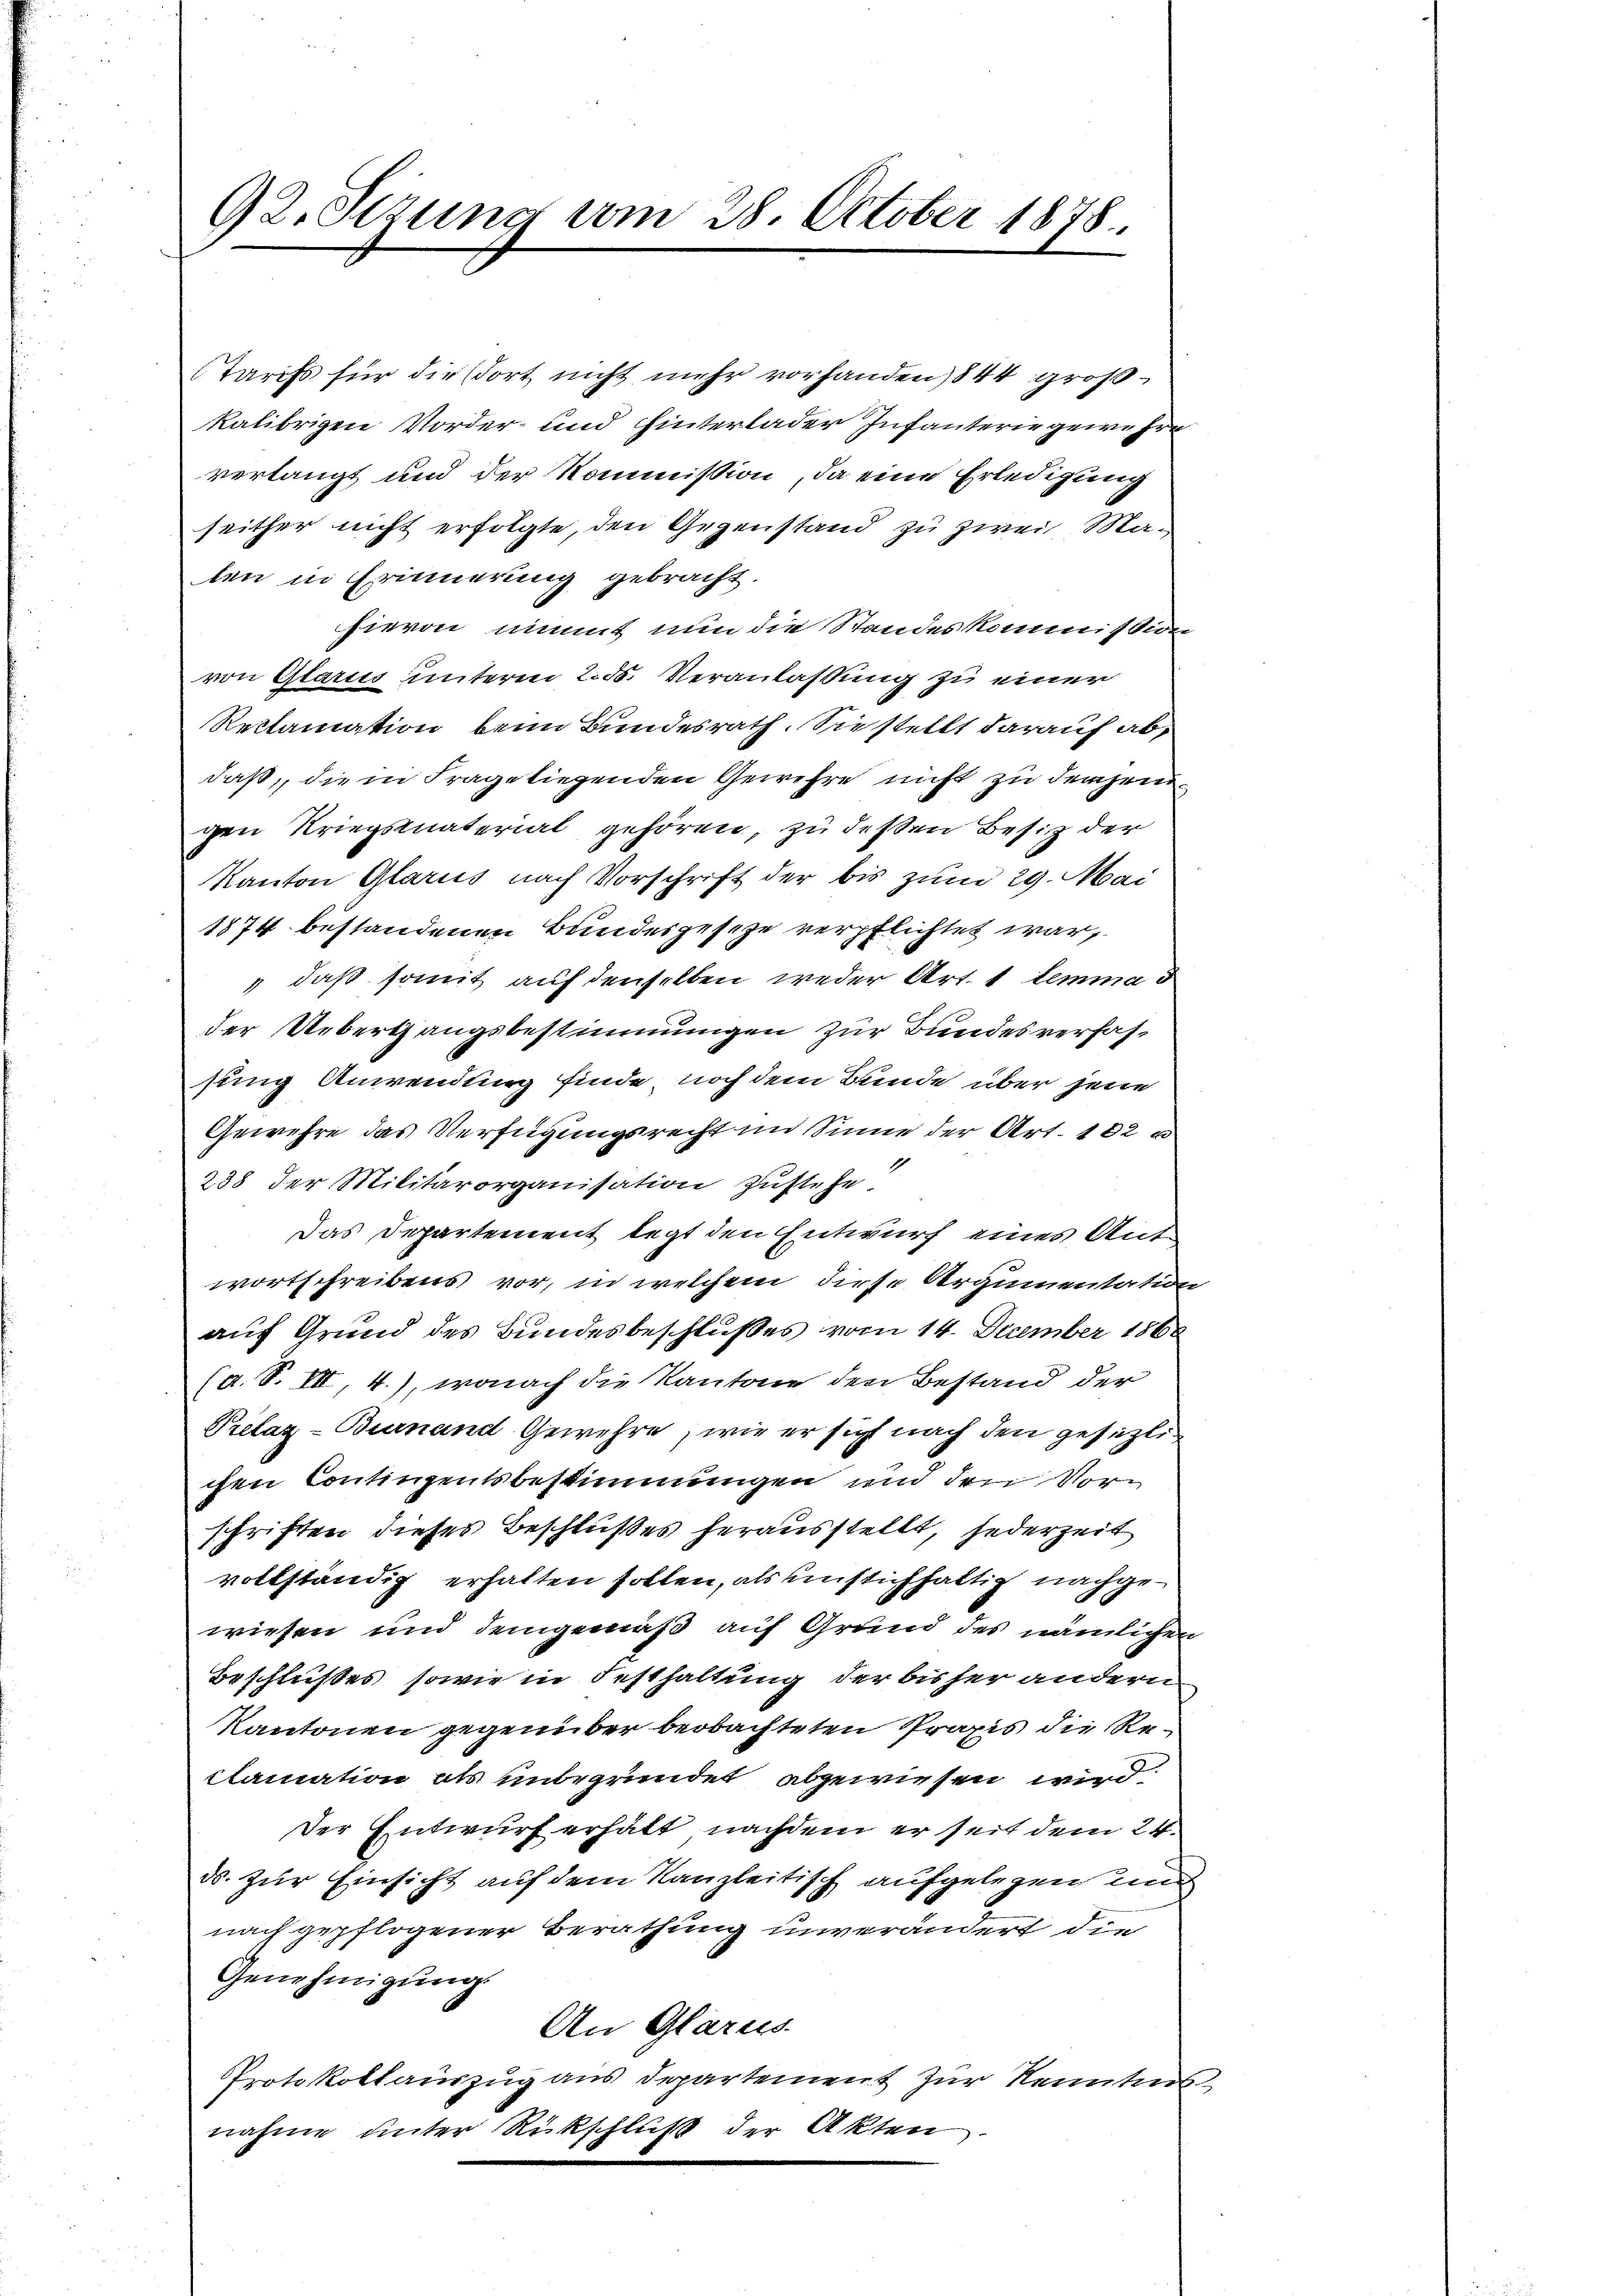
92. Stzung am 28. October 1878.

Tarifs für dießort nicht mehr vorhanden) 844 großkalibrigen Vorder- und hinterlader Infanterie gewesen
verlangt und der Kommission, da eine Erledigung
seither nicht erfolgte, den Gegenstand zu zwei Ma-
ten in Erinnerung gebracht.
hievon nimmt nun die Standeskommißion
von Glarus unterm 2. ds. Veranlassung zu einer
Reclamation beim Bundesrath. Sie stellt darauf abdaß, die in Frage liegenden Gewehre nicht zu derjenigen Kriegsmaterial gehören, zu dessen Besitz der
Kanton Glarus nach Vorschrift der bis zum 29. Mai
1874 bestandenen Bundesgesetze verpflichtet war,
" daß somit auf denselben weder Art. 1 lemma d
der Uebergangsbestimmungen zur Bundesverfassung Anwendung finde noch dem Bunde über jene
Gewehre das Verfügungsrecht im Sinne der Art. 182
238 der Militärorganisation zustehe.
Das Departement legt den Entwurf eines Antwortschreibens vor, in welchem diese Argumentation
auf Grund des Bundesbeschlußes vom 14. December 1868
(a. S. VII, 4.), wonach die Kantone den Bestand der
Prelaz-Burnand Gewehre, wie er sich nach den gesezlichen Contingentsbestimmungen und den Vorschriften dieses Beschlußes herausstellt, jederzeit
vollständig erhalten sollen, als einstichhaltig nachgewiesen und demgemäß auf Grund des nämlichen
Beschlußes, sowie in Festhaltung der bisher andern
Kantonen gegenüber beobachteten Praxis die Reclamation als unbegründet abgewiesen wird.
Der Entwurf erhält, nachdem er seit dem 24.
ds. zur Einsicht auf dem Kanzleitisch aufgelegen und
nach gepflogener Berathung unverändert die
Genehmigung
An Glarus.
Protokollauszug aus Departement zur Kenntnis
nahme unter Rückschluß der Akten

3